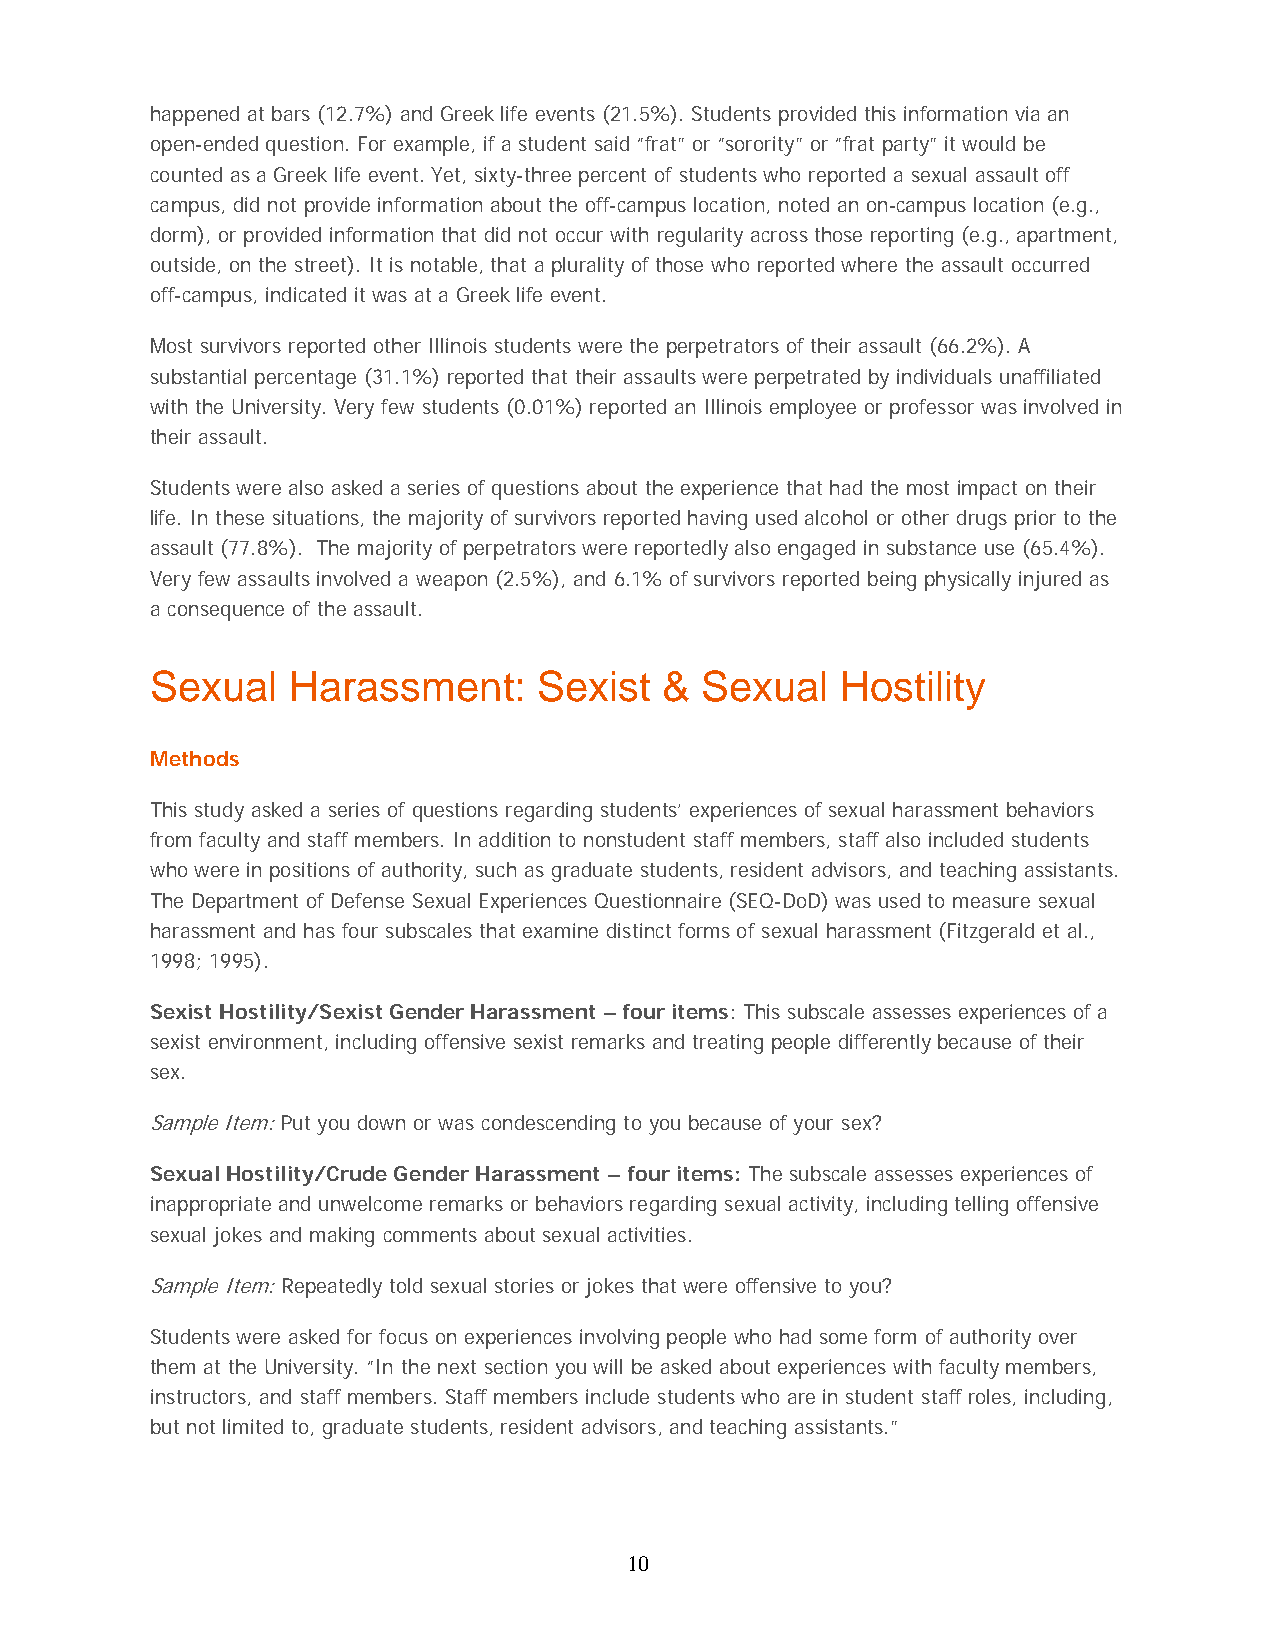
happened at bars (12.7%) and Greek life events (21.5%). Students provided this information via an
 open-ended question. For example, if a student said “frat” or “sorority” or “frat party” it would be
 counted as a Greek life event. Yet, sixty-three percent of students who reported a sexual assault off
 campus, did not provide information about the off-campus location, noted an on-campus location (e.g.,
 dorm), or provided information that did not occur with regularity across those reporting (e.g., apartment,
 outside, on the street). It is notable, that a plurality of those who reported where the assault occurred
 off-campus, indicated it was at a Greek life event.
 Most survivors reported other Illinois students were the perpetrators of their assault (66.2%). A
 substantial percentage (31.1%) reported that their assaults were perpetrated by individuals unaffiliated
 with the University. Very few students (0.01%) reported an Illinois employee or professor was involved in
 their assault.
 Students were also asked a series of questions about the experience that had the most impact on their
 life. In these situations, the majority of survivors reported having used alcohol or other drugs prior to the
 assault (77.8%). The majority of perpetrators were reportedly also engaged in substance use (65.4%).
 Very few assaults involved a weapon (2.5%), and 6.1% of survivors reported being physically injured as
 a consequence of the assault.
 Sexual   Harassment:      Sexist  & Sexual    Hostility
 Methods
 This study asked a series of questions regarding students’ experiences of sexual harassment behaviors
 from faculty and staff members. In addition to nonstudent staff members, staff also included students
 who were in positions of authority, such as graduate students, resident advisors, and teaching assistants.
 The Department of Defense Sexual Experiences Questionnaire (SEQ-DoD) was used to measure sexual
 harassment and has four subscales that examine distinct forms of sexual harassment (Fitzgerald et al.,
 1998; 1995).
 Sexist Hostility/Sexist Gender Harassment – four items: This subscale assesses experiences of a
 sexist environment, including offensive sexist remarks and treating people differently because of their
 sex.
 Sample Item: Put you down or was condescending to you because of your sex?
 Sexual Hostility/Crude Gender Harassment – four items: The subscale assesses experiences of
 inappropriate and unwelcome remarks or behaviors regarding sexual activity, including telling offensive
 sexual jokes and making comments about sexual activities.
 Sample Item: Repeatedly told sexual stories or jokes that were offensive to you?
 Students were asked for focus on experiences involving people who had some form of authority over
 them at the University. “In the next section you will be asked about experiences with faculty members,
 instructors, and staff members. Staff members include students who are in student staff roles, including,
 but not limited to, graduate students, resident advisors, and teaching assistants.”
 10